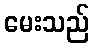
မေးသည်